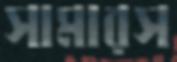
সামারস